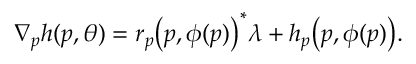
\begin{array} { r } { \nabla _ { p } h ( p , \theta ) = r _ { p } \big ( p , \phi ( p ) \big ) ^ { * } \lambda + h _ { p } \big ( p , \phi ( p ) \big ) . } \end{array}